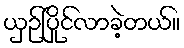
ယှဉ်ပြိုင်လာခဲ့တယ်။